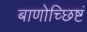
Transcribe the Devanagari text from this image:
बाणोच्छिष्टं